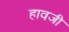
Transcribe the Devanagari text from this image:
हावजी